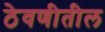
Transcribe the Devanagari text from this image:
ठेवणीतील